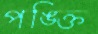
পঙ্‌ক্তি